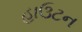
હાઉટન